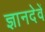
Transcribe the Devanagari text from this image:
ज्ञानदेवें